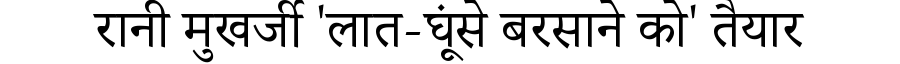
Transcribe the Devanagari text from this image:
रानी मुखर्जी 'लात-घूंसे बरसाने को' तैयार